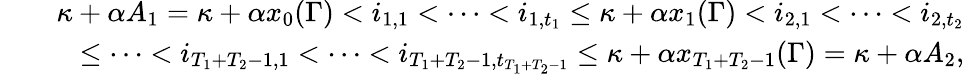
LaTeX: \begin{array}{rlr}&{}&{\kappa+\alpha A_{1}=\kappa+\alpha x_{0}(\Gamma)<i_{1,1}<\cdots<i_{1,t_{1}}\leq\kappa+\alpha x_{1}(\Gamma)<i_{2,1}<\cdots<i_{2,t_{2}}}\\ &{}&{\leq\cdots<i_{T_{1}+T_{2}-1,1}<\cdots<i_{T_{1}+T_{2}-1,t_{T_{1}+T_{2}-1}}\leq\kappa+\alpha x_{T_{1}+T_{2}-1}(\Gamma)=\kappa+\alpha A_{2},}\end{array}